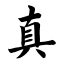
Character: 真